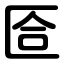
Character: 匼